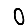
Digit: 0